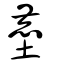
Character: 塵